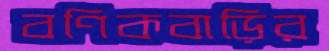
বণিকবাড়ির